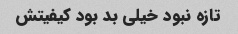
تازه نبود خیلی بد بود کیفیتش